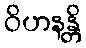
ဝိဟနန္တိ